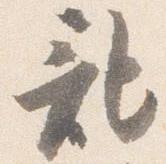
記